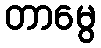
တာမွေ